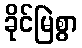
ခိုင်မြဲစွာ